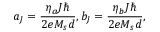
a _ { J } = \frac { \eta _ { a } J \hbar } { 2 e M _ { s } d } , b _ { J } = \frac { \eta _ { b } J \hbar } { 2 e M _ { s } d } ,